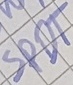
Text: SPDT